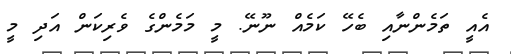
އެއީ ތަމެންނާއި ބެހޭ ކަމެއް ނޫނޭ. މީ މަމެންގެ ވެރިކަން އަދި މީ